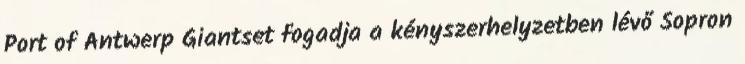
Port of Antwerp Giantset fogadja a kényszerhelyzetben lévő Sopron